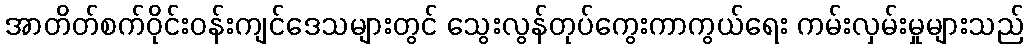
အာတိတ်စက်ဝိုင်းဝန်းကျင်ဒေသများတွင် သွေးလွန်တုပ်ကွေးကာကွယ်ရေး ကမ်းလှမ်းမှုများသည်